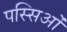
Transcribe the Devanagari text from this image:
पस्सिओं